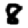
Digit: 8